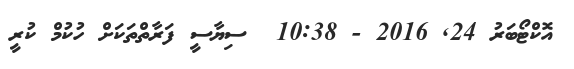
އޮކްޓޯބަރު 24